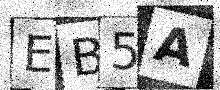
Text: EB5A